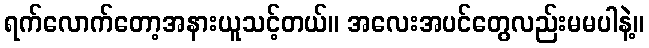
ရက်လောက်တော့အနားယူသင့်တယ်။ အလေးအပင်တွေလည်းမမပါနဲ့။